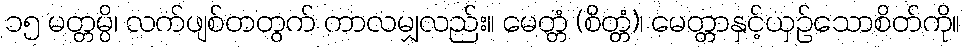
၁၅ မတ္တမ္ပိ၊ လက်ဖျစ်တတွက် ကာလမျှလည်း။ မေတ္တံ (စိတ္တံ)၊ မေတ္တာနှင့်ယှဉ်သောစိတ်ကို။